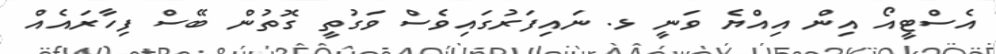
އެސްޓީއޯ އިން އިއްޔެ ވަނީ ޅ. ނައިފަރުގައިވެސް ވަގުތީ ގޮތުން ބޭސް ފިހާރައެއް